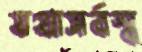
যথাসর্বস্ব